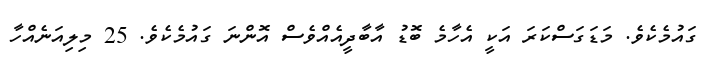
ގައުމެކެވެ. މަޑަގަސްކަރަ އަކީ އެހާމެ ބޮޑު އާބާދީއެއްވެސް އޮންނަ ގައުމެކެވެ. 25 މިލިއަނެއްހާ